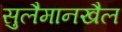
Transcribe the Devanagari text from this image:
सुलैमानखैल